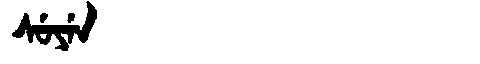
Manchu: ᠰᡠᠶᡝᠨ
Romanization: SUYEN